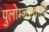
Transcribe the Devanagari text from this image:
पुलोम्नश्चापि